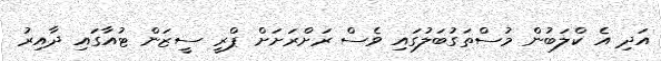
އަދި އެ ކްލަބުން މުސްތަގުބަލުގައި ވެސް ރަށްރަށަށް ޕްރީ ސީޒަން ޓުއާގައި ދާއިރު